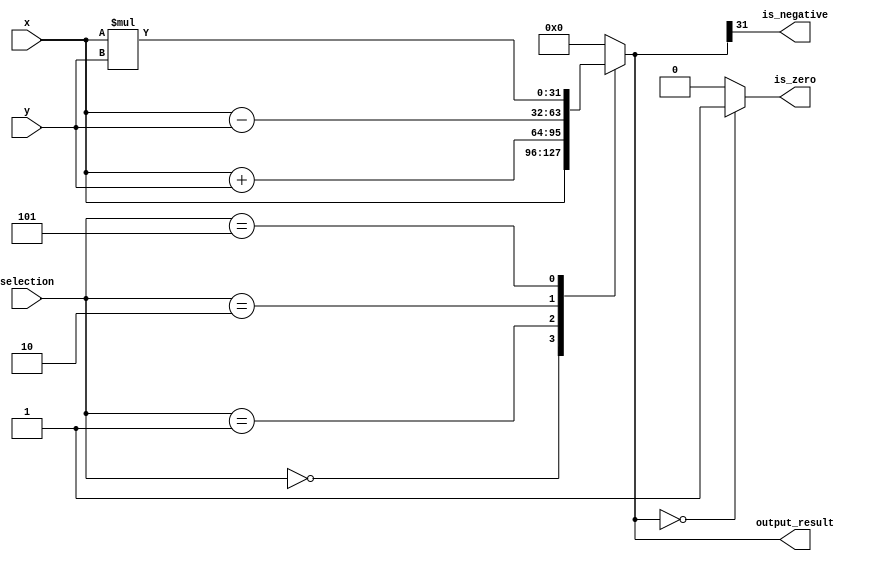
module ALU (
    selection,
    x,
    y,
    is_negative,
    is_zero,
    output_result
);

input [2:0] selection;
input signed [31:0] x;
input signed [31:0] y;

output reg is_negative;
output reg is_zero;
output reg signed [31:0] output_result;

always @(*) begin
    case (selection)
        3'b000: output_result = x;
        3'b001: output_result = x + y;
        3'b010: output_result = x - y;
        // 3'b011: output_result = x & y;
        // 3'b100: output_result = x | y;
        3'b101: output_result = x * y;
        // 3'b110: output_result = x / y;
        // 3'b111: output_result = ~x;
        default: output_result = 32'b0;
    endcase

    if (output_result == 32'b0) begin
        is_zero = 1'b1;
    end else begin
        is_zero = 1'b0;
    end

    is_negative = output_result[31];
end

endmodule